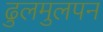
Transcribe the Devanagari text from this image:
ढुलमुलपन